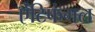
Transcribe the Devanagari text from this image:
ऐंटिफंगल